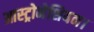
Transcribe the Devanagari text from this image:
आस्ट्रोनेशियन।